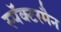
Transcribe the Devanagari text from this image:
स्पॅक्टरमैन